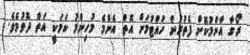
ރޯގާ އާންމުކޮށް ފެތުރުން ހުއްޓުމަށް އޮތް އެންމެ މުހިންމު ކަމަކީ އަތް ދޮވުމެވެ.